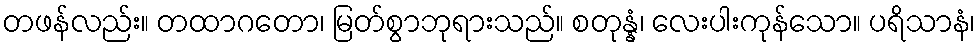
တဖန်လည်း။ တထာဂတော၊ မြတ်စွာဘုရားသည်။ စတုန္နံ၊ လေးပါးကုန်သော။ ပရိသာနံ၊